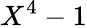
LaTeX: X^{4}-1